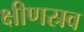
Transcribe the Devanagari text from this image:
क्षीणस्रव